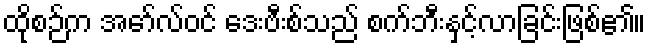
ထိုစဉ်က အော်လ်ဝင် ဒေးဗီးစ်သည် စက်ဘီးနှင့်လာခြင်းဖြစ်၏။